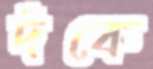
দঁকে